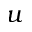
\boldsymbol { u }